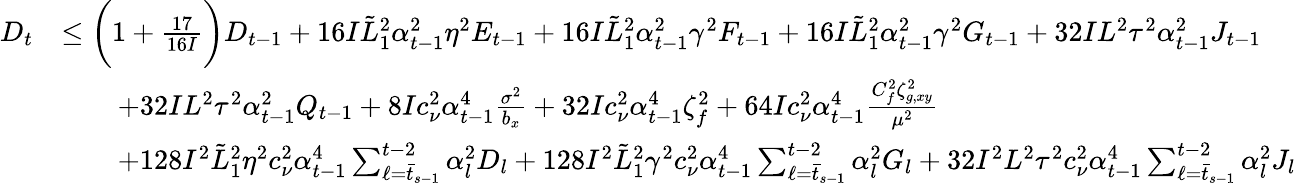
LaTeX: \begin{array}{rl}{D_{t}}&{\leq\bigg(1+\frac{17}{16I}\bigg)D_{t-1}+16I\tilde{L}_{1}^{2}\alpha_{t-1}^{2}\eta^{2}E_{t-1}+16I\tilde{L}_{1}^{2}\alpha_{t-1}^{2}\gamma^{2}F_{t-1}+16I\tilde{L}_{1}^{2}\alpha_{t-1}^{2}\gamma^{2}G_{t-1}+32IL^{2}\tau^{2}\alpha_{t-1}^{2}J_{t-1}}\\ &{\qquad+32IL^{2}\tau^{2}\alpha_{t-1}^{2}Q_{t-1}+8Ic_{\nu}^{2}\alpha_{t-1}^{4}\frac{\sigma^{2}}{b_{x}}+32Ic_{\nu}^{2}\alpha_{t-1}^{4}\zeta_{f}^{2}+64Ic_{\nu}^{2}\alpha_{t-1}^{4}\frac{C_{f}^{2}\zeta_{g,xy}^{2}}{\mu^{2}}}\\ &{\qquad+128I^{2}\tilde{L}_{1}^{2}\eta^{2}c_{\nu}^{2}\alpha_{t-1}^{4}\sum_{\ell=\bar{t}_{s-1}}^{t-2}\alpha_{l}^{2}D_{l}+128I^{2}\tilde{L}_{1}^{2}\gamma^{2}c_{\nu}^{2}\alpha_{t-1}^{4}\sum_{\ell=\bar{t}_{s-1}}^{t-2}\alpha_{l}^{2}G_{l}+32I^{2}L^{2}\tau^{2}c_{\nu}^{2}\alpha_{t-1}^{4}\sum_{\ell=\bar{t}_{s-1}}^{t-2}\alpha_{l}^{2}J_{l}}\end{array}